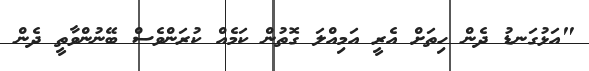
"އަޅުގަނޑު ދެން ހިތަށް އެރީ އަމިއްލަ ގޮތުން ކަމެއް ކުރަންވެސް ބޭނުންވާތީ ދެން